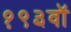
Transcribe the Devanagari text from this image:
१९३वॉ